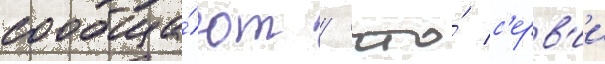
сообща́ют / что́ с'ерв'ии